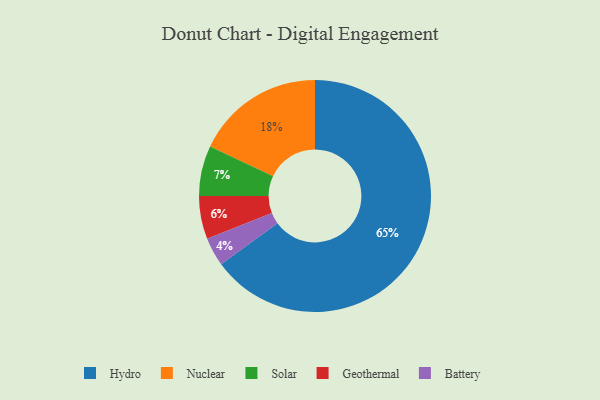
{"axis": {"x": "Category", "y": "Percentage"}, "legend": ["Battery", "Geothermal", "Hydro", "Nuclear", "Solar"], "data": [{"x": "Nuclear", "y": 18, "type": "Nuclear"}, {"x": "Battery", "y": 4, "type": "Battery"}, {"x": "Hydro", "y": 65, "type": "Hydro"}, {"x": "Solar", "y": 7, "type": "Solar"}, {"x": "Geothermal", "y": 6, "type": "Geothermal"}]}